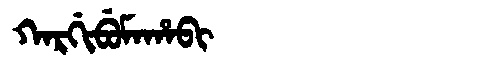
Manchu: ᡴᠠᡵᡤᡳᠪᡠᠮᠠᡥᠠᠪᡳ
Romanization: KARGIBUMAHABI